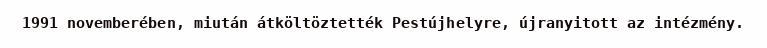
1991 novemberében, miután átköltöztették Pestújhelyre, újranyitott az intézmény.